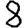
Digit: 8